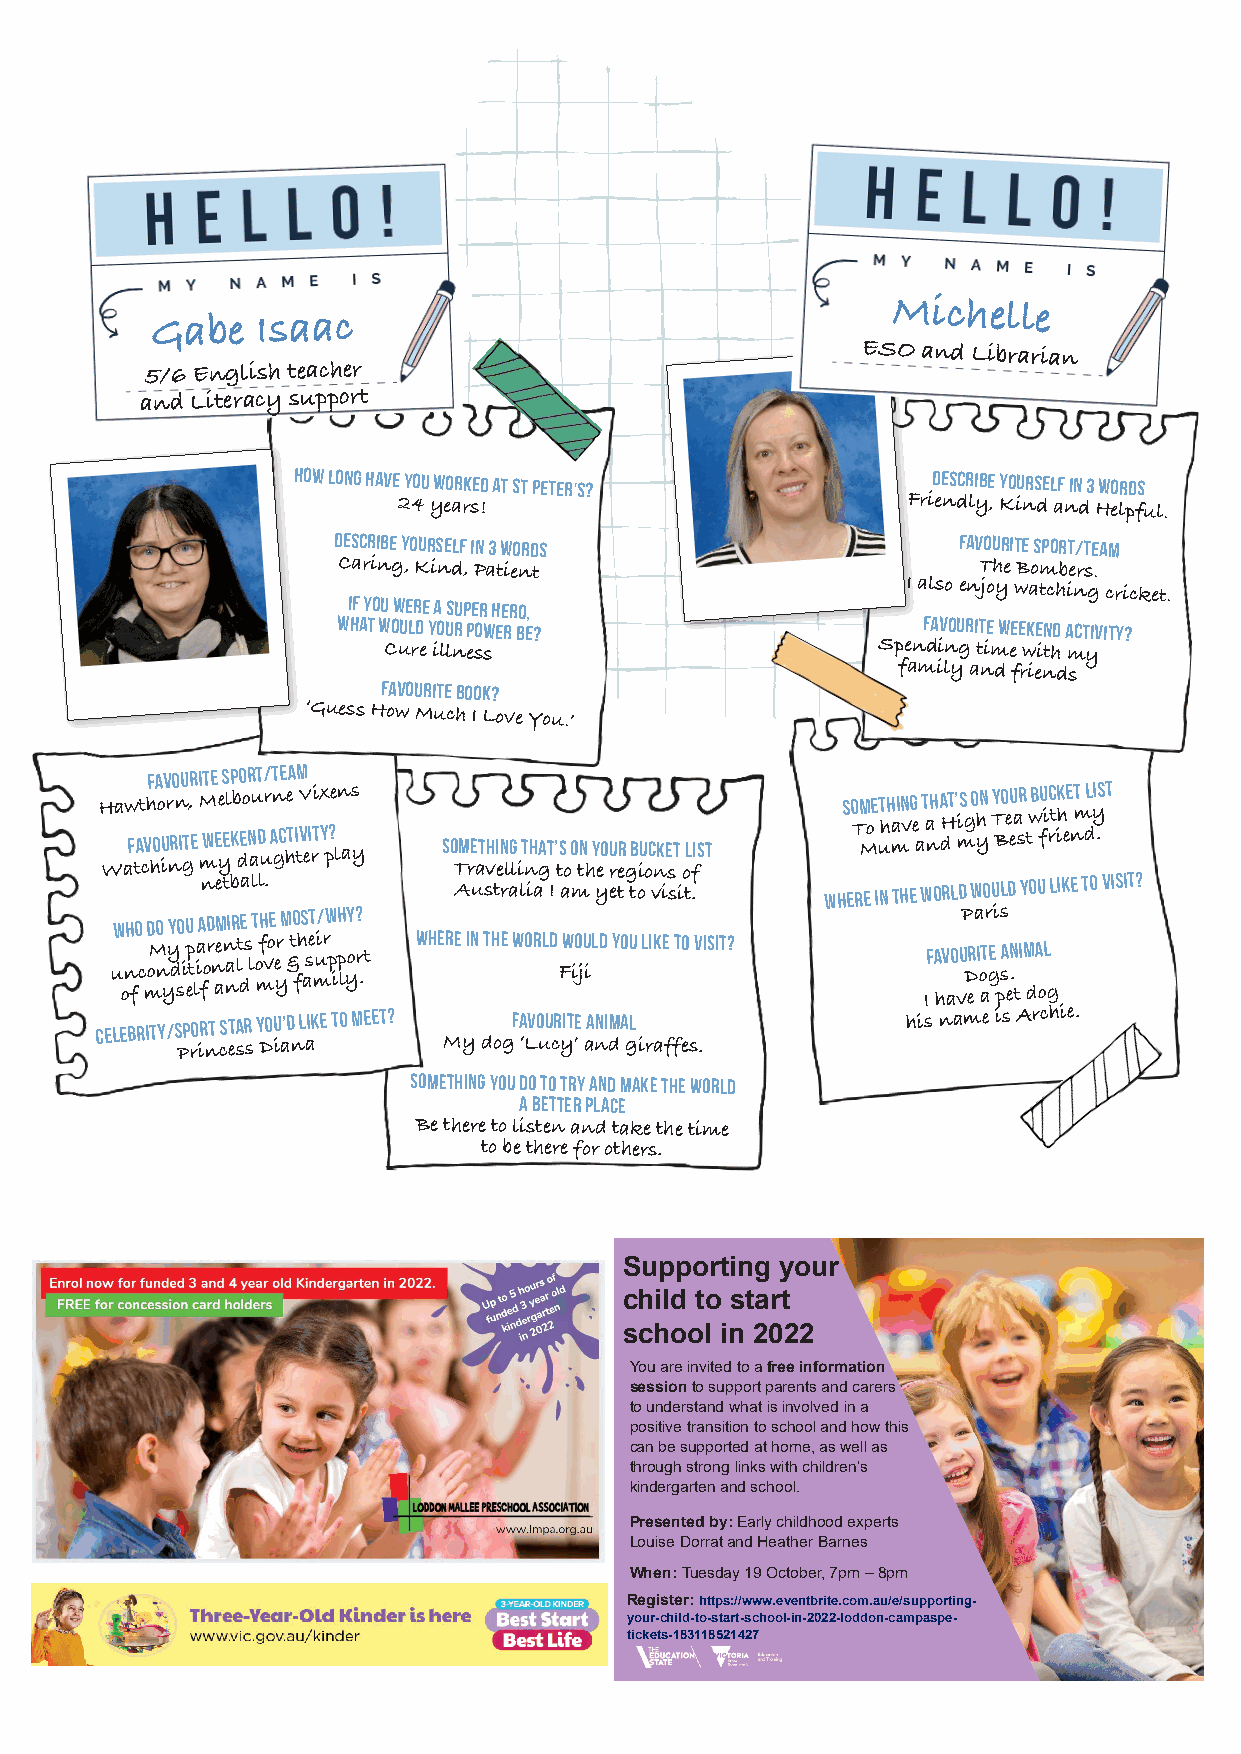
Michelle
 Gabe   Isaac
 ESO and Librarian
 5/6 English teacher
 and Literacy support
 How long have you worked at St Peter's?    Describe yourself in 3 words
 24 years!                         Friendly, Kind and Helpful.
 Describe yourself in 3 words             Favourite sport/team
 Caring, Kind, Patient                      The Bombers.
 If you were a super hero,
 I also enjoy watching cricket.
 what would your power be?              Favourite weekend activity?
 Cure illness                     Spending time with my
 family and friends
 Favourite book?
 ‘Guess How Much I Love You.’
 Favourite
 sport/team
 H Wa aw
 F
 tat cvh hoo iur nrn
 i
 gt,
 e
 M
 m
 nwe
 ee
 y
 tel
 bk
 b
 de
 ao
 n
 a
 lu
 d
 lur
 .
 an
 gc
 he
 t i
 tV
 v ei
 rti x
 y
 p?e ln as
 y     So
 T
 Am re uat svh ti en
 rl
 ag
 li
 lt
 n
 ih aga t
 I
 ’ ts
 ao
 o
 m
 tn
 h
 y yeo eru ter
 g
 tb oiu
 o
 c vnk ie
 s
 st
 i o
 tl
 f
 .is t
 WhS eo
 T
 rm
 M
 eoe iut nhh
 a m
 ti hn
 v
 eg
 e a
 wt
 a
 nh
 o
 a
 dH
 rt
 l
 ’
 i m
 ds
 g
 wo yhn
 o
 uTy
 B
 lo
 e
 deu
 a
 sr
 y
 t
 owb ufu
 i
 rc
 lt
 ik
 ih
 kee enmt tdl oyi .s vt
 isit?
 Who do you admire the most/why?                         Paris
 u on fc moM n yy d
 s
 i ep t lia for n aen nalt
 d
 s l o mf vo e yr & t fh ase muir p ip lyor .t Where in the world Fw io ju ild you like to visit? IF a hv ao vu D er i o at ge
 p
 sa en .
 t
 i m da ol
 g
 Celebrity/sport star you’d like to meet? Favourite animal his name is Archie.
 Princess Diana   My dog ‘Lucy’ and giraffes.
 Something you do to try and make the world
 a better place
 Be there to listen and take the time
 to be there for others.
 Supporting your
 child to start
 school in 2022
 You are invited to a free information
 session to support parents and carers
 to understand what is involved in a
 positive transition to school and how this
 can be supported at home, as well as
 through strong links with children’s
 kindergarten and school.
 Presented by: Early childhood experts
 Louise Dorrat and Heather Barnes
 When: Tuesday 19 October, 7pm –8pm
 Register: https://www.eventbrite.com.au/e/supporting-
 your-child-to-start-school-in-2022-loddon-campaspe-
 tickets-183118521427
 1